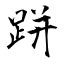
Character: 跰